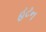
હટન